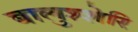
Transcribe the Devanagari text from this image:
बालुश्शेरि